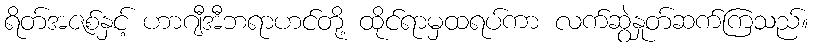
ရိတ်အဇစ်နှင့် ဟာဂျီအီဘရာဟင်တို့ ထိုင်ရာမှထရပ်ကာ လက်ဆွဲနှုတ်ဆက်ကြသည်။